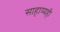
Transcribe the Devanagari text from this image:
साहाय्यही